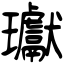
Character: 瓛